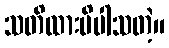
သတိထားမိပါသတဲ့။